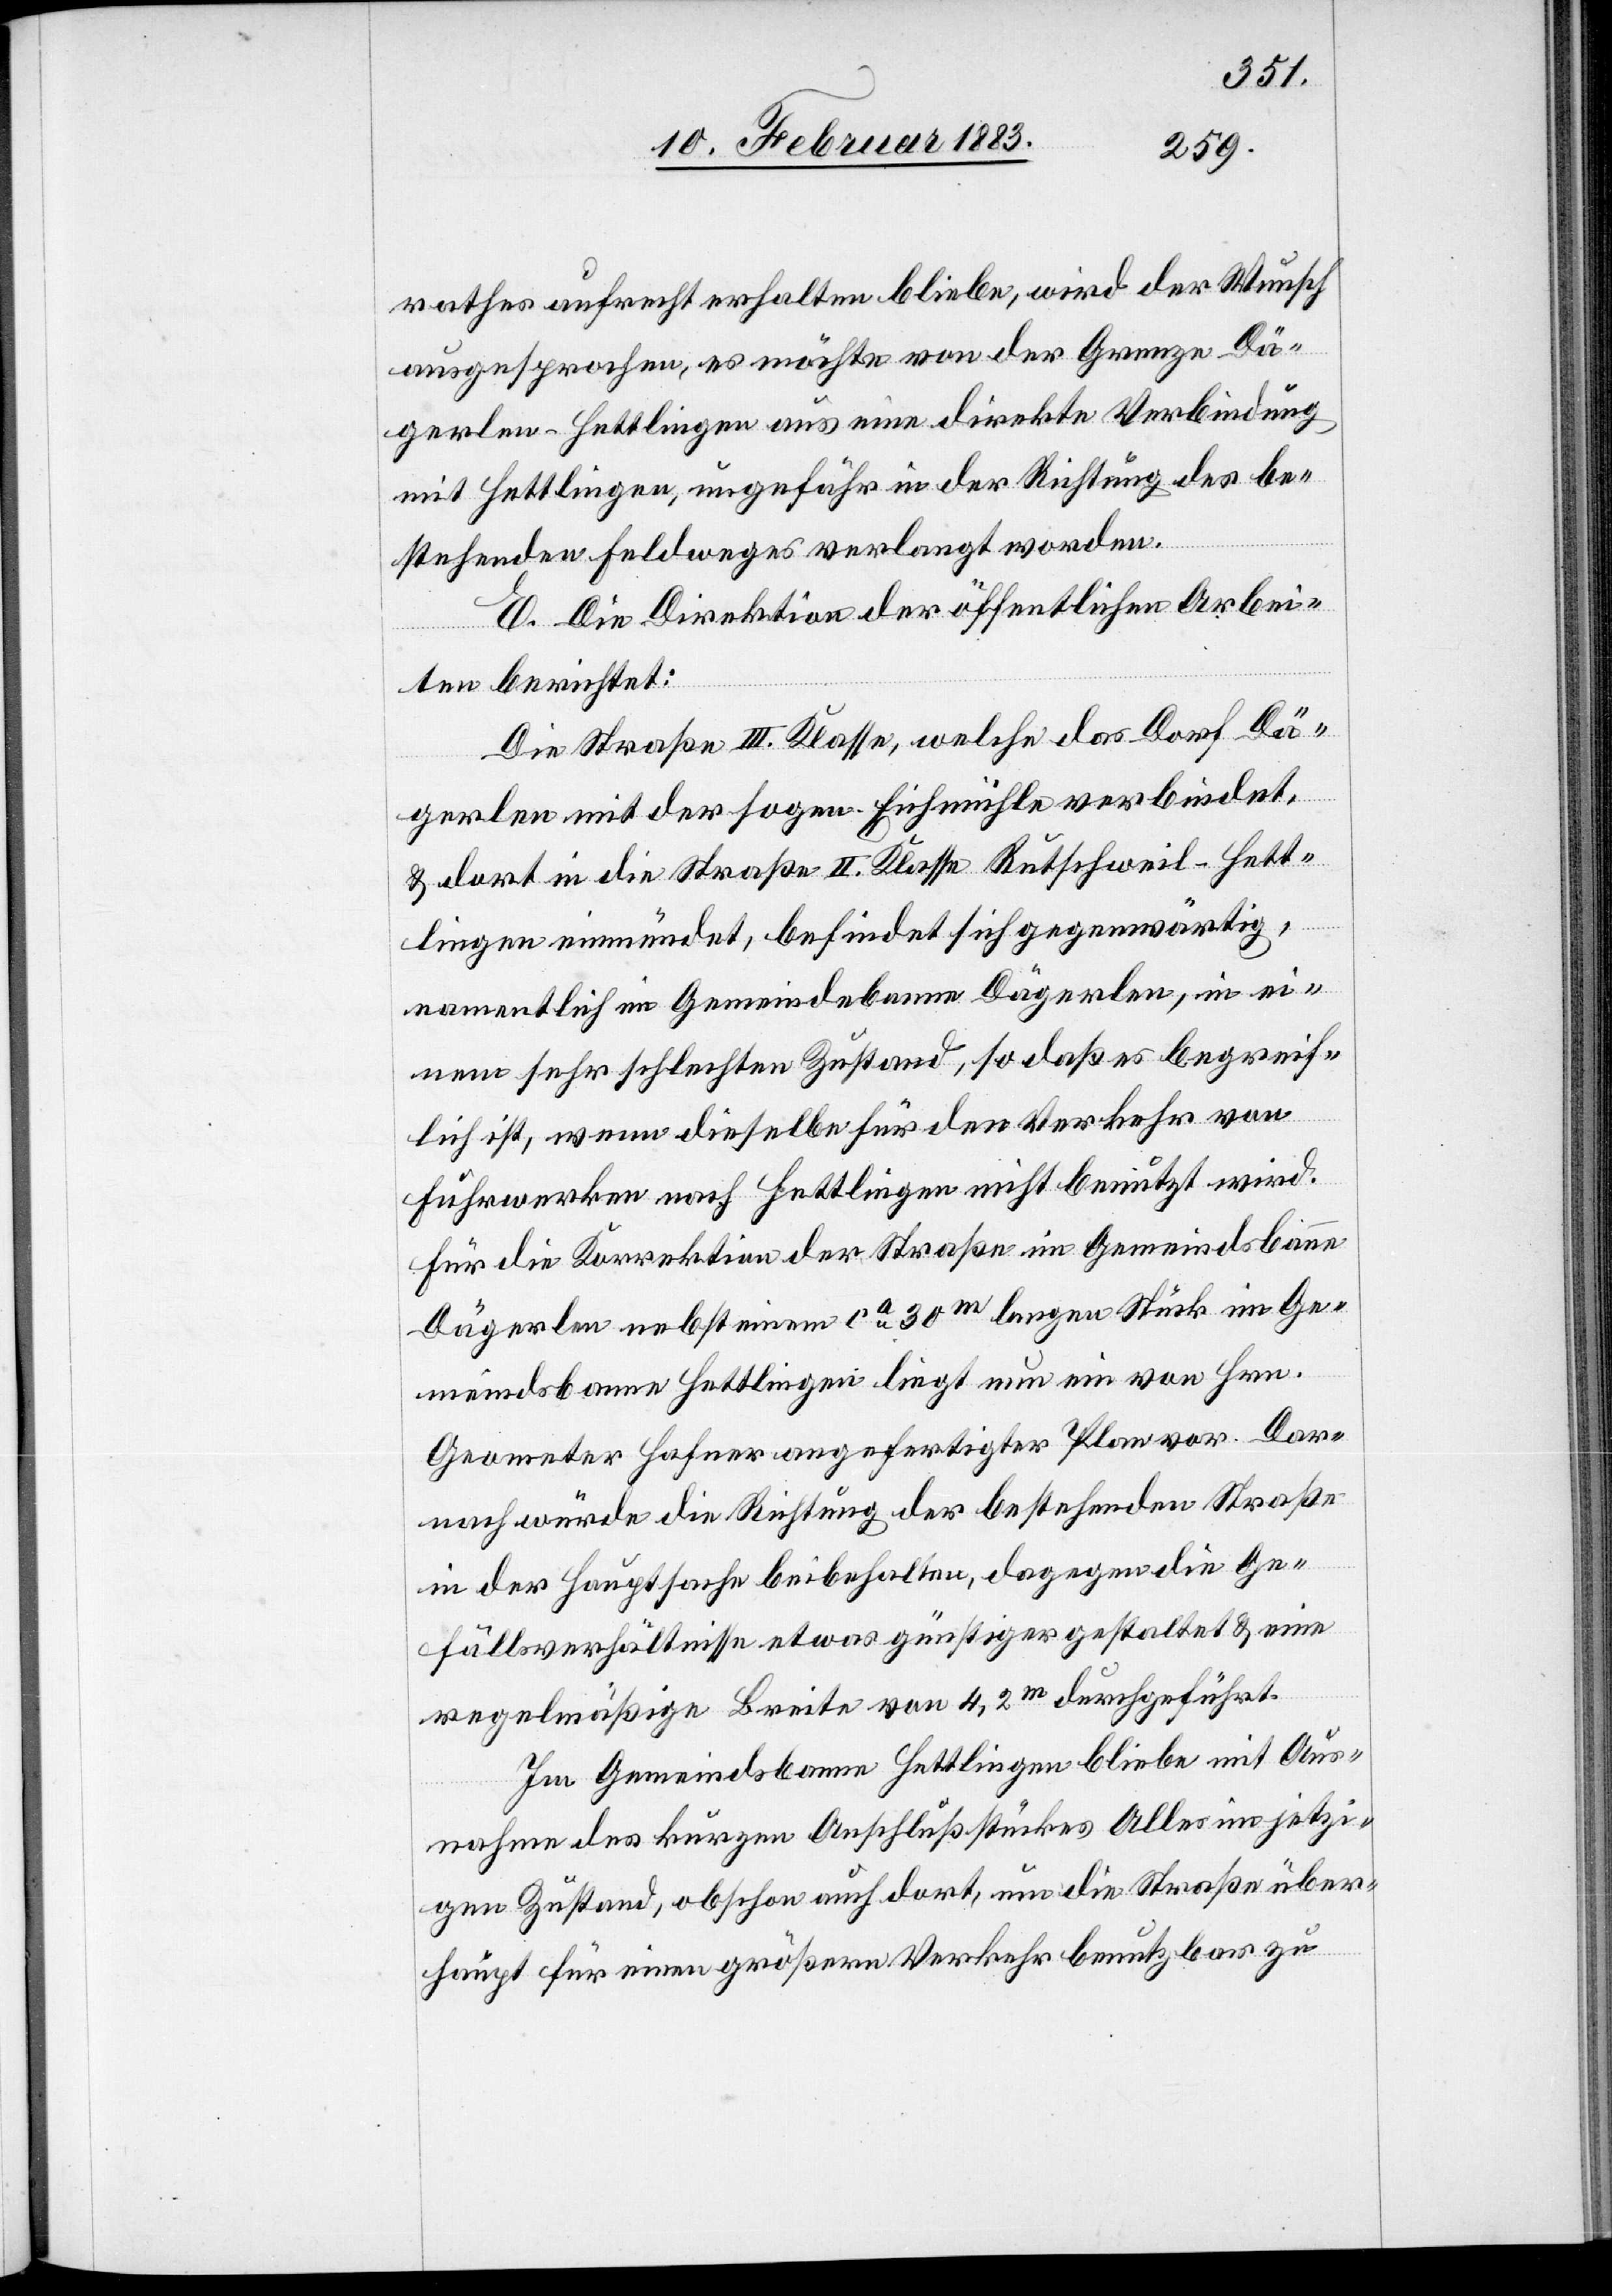
rathes aufrecht erhalten bliebe, wird der Wunsch
ausgesprochen, es möchte von der Grenze Dä¬
gerlen-Hettlingen aus eine direkte Verbindung
mit Hettlingen, ungefähr in der Richtung des be¬
stehenden Feldweges verlangt worden
E. Die Direktion der öffentlichen Arbei¬
ten berichtet:
Die Straße III. Klasse, welche das Dorf Dä¬
gerlen mit der sogen. Eichmühle verbindet,
& dort in die Straße II. Klasse Rutschweil–Hett¬
lingen einmündet, befindet sich gegenwärtig,
namentlich im Gemeindebanne Dägerlen, in ei¬
nem sehr schlechten Zustand, so daß es begreif¬
lich ist, wenn dieselbe für den Verkehr von
Fuhrwerken nach Hettlingen nicht benutzt wird.
Für die Korrektion der Straße im Gemeindsbann
Dägerlen nebst einem ca 30m langen Stück im Ge¬
meindsbann Hettlingen liegt nun ein von Hrn.
Geometer Hafner angefertigter Plan vor. Dar¬
nach würde die Richtung der bestehenden Straße
in der Hauptsache beibehalten, dagegen die Ge¬
fällsverhältnisse etwas günstiger gestaltet & eine
regelmäßige Breite von 4,2m durchgeführt.
Im Gemeindsbann Hettlingen bliebe mit Aus¬
nahme des kurzen Anschlußstückes Alles im jetzi¬
gen Zustand, obschon auch dort, um die Straße über¬
haupt für einen größern Verkehr benutzbar zu